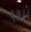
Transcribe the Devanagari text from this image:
९३।।